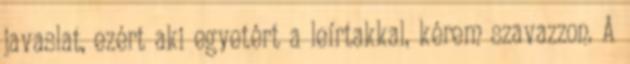
javaslat, ezért aki egyetért a leírtakkal, kérem szavazzon. A